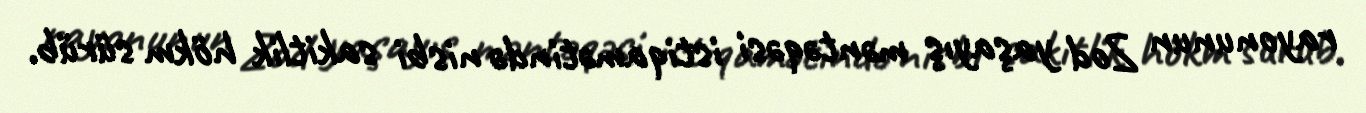
rayonunun Zod yaşayış məntəqəsi istiqamətində nisbi sakitlik hökm sürüb.